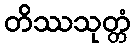
တိဿသုတ္တံ